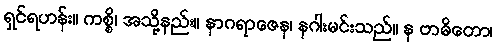
ရှင်ရဟန်း။ ကစ္စိ၊ အသို့နည်း။ နာဂရာဇေန၊ နဂါးမင်းသည်။ န ဗာဓိတော၊